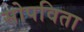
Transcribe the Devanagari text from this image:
सोपविता